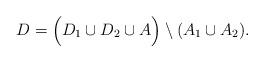
LaTeX: \begin{align*}D = \Big( D_1 \cup D_2 \cup A \Big) \setminus (A_1 \cup A_2).\end{align*}